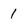
Character: 1